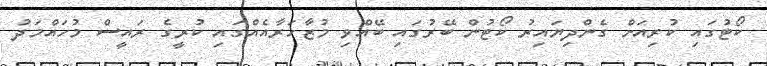
ކޯޓުގައި ކުރިއަށް ގެންދިޔައިރު ކޯޓުން ބޭރުގައި ބޭއްވި މުޒާހަރާއެއްގައި ކުރީގެ ރައީސް މުހައްމަދު